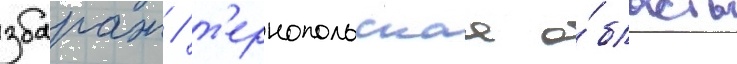
збараж / т'ернопольскаа о́бласть